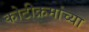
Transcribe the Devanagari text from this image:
कोटीक्रमांच्या